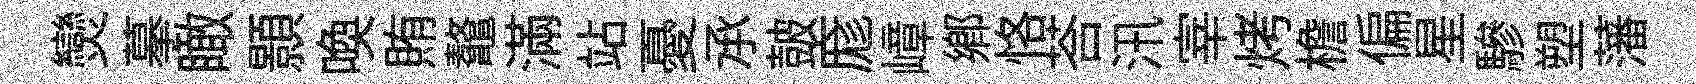
𤓖摹瞰顥喚賄鼇滿站憂𠄘皷庬嶂鄉恪荅汛宰烤檐偏星驂塑藩